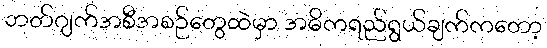
ဘတ်ဂျက်အစီအစဉ်တွေထဲမှာ အဓိကရည်ရွယ်ချက်ကတော့